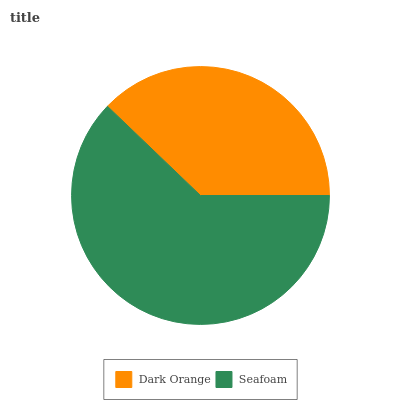
| Dark Orange | Seafoam |
 | --- | --- |
 | 37.8% | 62.2% |